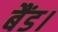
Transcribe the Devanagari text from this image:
बैंड।